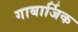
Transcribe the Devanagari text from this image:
गाबार्जिक